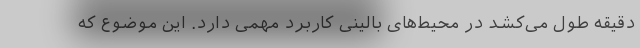
دقیقه طول می‌کشد در محیط‌های بالینی کاربرد مهمی دارد. این موضوع که